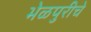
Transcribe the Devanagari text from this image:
भेळपुरीचे